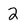
Character: 2